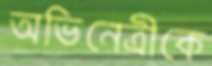
অভিনেত্রীকে